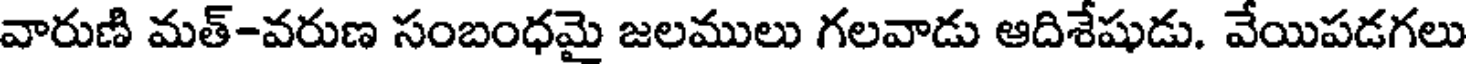
వారుణి మత్-వరుణ సంబంధమై జలములు గలవాడు ఆదిశేషుడు. వేయిపడగలు